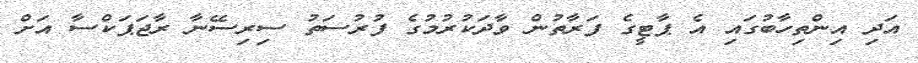
އަދި އިންތިހާބުގައި އެ ޕާޓީގެ ފަރާތުން ވާދަކުރުމުގެ ފުރުސަތު ސިރިސޭނާ ރާޖަޕަކްސާ އަށް